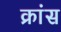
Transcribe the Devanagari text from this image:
क्रांस